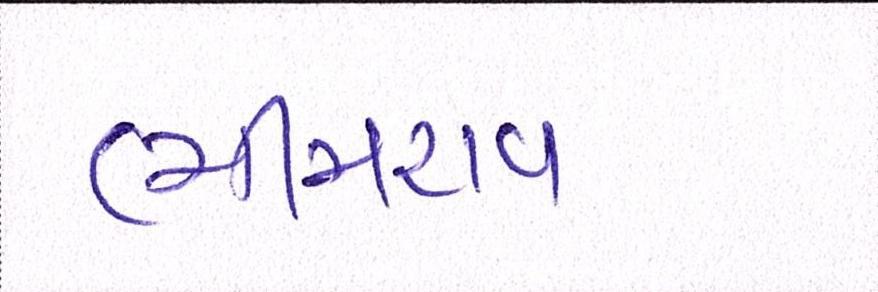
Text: ભીમરાવ